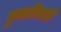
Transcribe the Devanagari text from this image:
पुजारीपाली